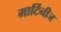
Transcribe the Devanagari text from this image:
मार्टिनीज